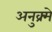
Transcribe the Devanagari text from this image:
अनुक्र्मे